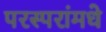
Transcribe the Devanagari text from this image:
परस्‍परांमधे